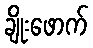
ချိုးဖောက်